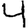
Digit: 4